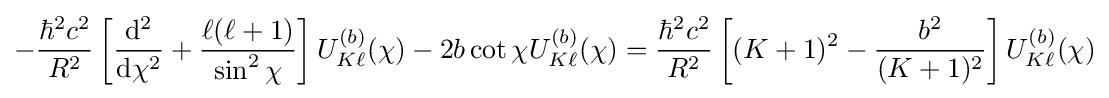
-{\frac {\hbar ^{2}c^{2}}{R^{2}}}\left[{\frac {{\mathrm {d} }^{2}}{{\mathrm {d} }\chi ^{2}}}+{\frac {\ell (\ell +1)}{\sin ^{2}\chi }}\right]U_{K\ell }^{(b)}(\chi )-2b\cot \chi U_{K\ell }^{(b)}(\chi )={\frac {\hbar ^{2}c^{2}}{R^{2}}}\left[(K+1)^{2}-{\frac {b^{2}}{(K+1)^{2}}}\right]U_{K\ell }^{(b)}(\chi )